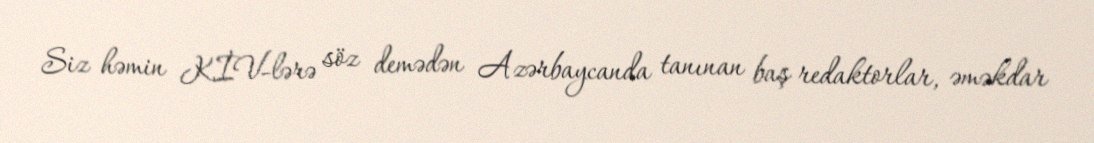
Siz həmin KİV-lərə söz demədən Azərbaycanda tanınan baş redaktorlar, əməkdar